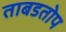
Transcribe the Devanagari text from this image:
ताबडतोप